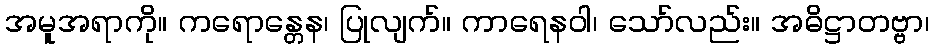
အမူအရာကို။ ကရောန္တေန၊ ပြုလျက်။ ကာရေနဝါ၊ သော်လည်း။ အဓိဋ္ဌာတဗ္ဗာ၊